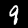
Digit: 9